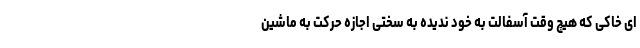
ای خاکی که هیچ وقت آسفالت به خود ندیده به سختی اجازه حرکت به ماشین